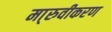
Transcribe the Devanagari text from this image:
मा्रुवीकरण